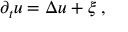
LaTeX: \partial _ { t } u = \Delta u + \xi \; ,